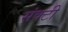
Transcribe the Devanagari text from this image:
संक्टी